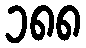
၁၈၈